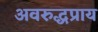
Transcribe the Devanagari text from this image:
अवरुद्धप्राय